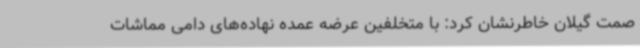
صمت گیلان خاطرنشان کرد: با متخلفین عرضه عمده نهاده‌های دامی مماشات